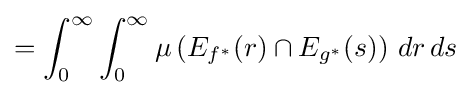
=\int _{0}^{\infty }\int _{0}^{\infty }\mu \left(E_{f^{*}}(r)\cap E_{g^{*}}(s)\right)\,dr\,ds